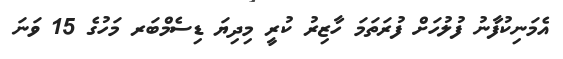
އެމަނިކުފާނު ފުލުހަށް ފުރަތަމަ ހާޒިރު ކުރީ މިދިޔަ ޑިސެމްބަރ މަހުގެ 15 ވަނަ